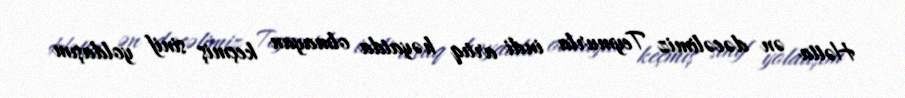
Hətta ən dəcəlimiz Teymurla indi artıq həyatda olmayan keçmiş sinif yoldaşım